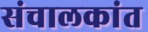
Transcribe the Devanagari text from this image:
संचालकांत